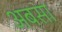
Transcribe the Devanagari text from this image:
अबसा